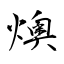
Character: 燠